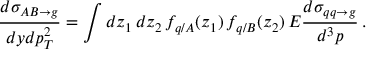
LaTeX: \frac { d \sigma _ { A B \rightarrow g } } { d y d p _ { T } ^ { 2 } } = \int d z _ { 1 } \, d z _ { 2 } \, f _ { q / A } ( z _ { 1 } ) \, f _ { q / B } ( z _ { 2 } ) \, E \frac { d \sigma _ { q q \rightarrow g } } { d ^ { 3 } p } \, .